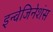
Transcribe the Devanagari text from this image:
इन्वेजिनेशंस